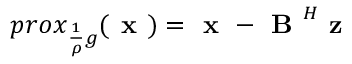
p r o x _ { \frac { 1 } { \rho } g } ( \textbf { x } ) = \textbf { x } - \textbf { B } ^ { H } \textbf { z }